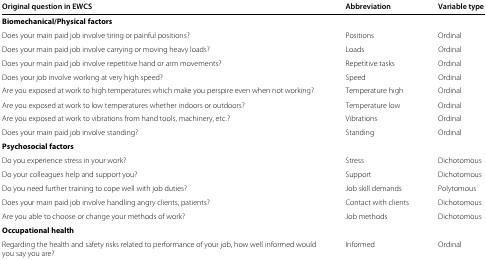
<table><thead><tr><td><b>Original question in EWCS</b></td><td><b>Abbreviation</b></td><td><b>Variable type</b></td></tr></thead><tbody><tr><td><b>Biomechanical/Physical factors</b></td><td></td><td></td></tr><tr><td>Does your main paid job involve tiring or painful positions?</td><td>Positions</td><td>Ordinal</td></tr><tr><td>Does your main paid job involve carrying or moving heavy loads?</td><td>Loads</td><td>Ordinal</td></tr><tr><td>Does your main paid job involve repetitive hand or arm movements?</td><td>Repetitive tasks</td><td>Ordinal</td></tr><tr><td>Does your job involve working at very high speed?</td><td>Speed</td><td>Ordinal</td></tr><tr><td>Are you exposed at work to high temperatures which make you perspire even when not working?</td><td>Temperature high</td><td>Ordinal</td></tr><tr><td>Are you exposed at work to low temperatures whether indoors or outdoors?</td><td>Temperature low</td><td>Ordinal</td></tr><tr><td>Are you exposed at work to vibrations from hand tools, machinery, etc.?</td><td>Vibrations</td><td>Ordinal</td></tr><tr><td>Does your main paid job involve standing?</td><td>Standing</td><td>Ordinal</td></tr><tr><td><b>Psychosocial factors</b></td><td></td><td></td></tr><tr><td>Do you experience stress in your work?</td><td>Stress</td><td>Dichotomous</td></tr><tr><td>Do your colleagues help and support you?</td><td>Support</td><td>Dichotomous</td></tr><tr><td>Do you need further training to cope well with job duties?</td><td>Job skill demands</td><td>Polytomous</td></tr><tr><td>Does your main paid job involve handling angry clients, patients?</td><td>Contact with clients</td><td>Dichotomous</td></tr><tr><td>Are you able to choose or change your methods of work?</td><td>Job methods</td><td>Dichotomous</td></tr><tr><td><b>Occupational health</b></td><td></td><td></td></tr><tr><td>Regarding the health and safety risks related to performance of your job, how well informed would</td><td>Informed</td><td>Ordinal</td></tr><tr><td>you say you are?</td><td></td><td></td></tr></tbody></table>